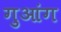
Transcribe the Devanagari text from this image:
गुआंग